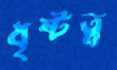
ধৃষ্টত্ব